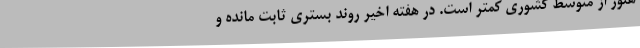
هنوز از متوسط کشوری کمتر است. در هفته اخیر روند بستری ثابت مانده و